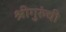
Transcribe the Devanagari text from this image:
श्रीगुरुंंची